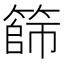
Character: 篩